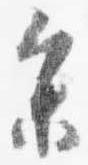
参